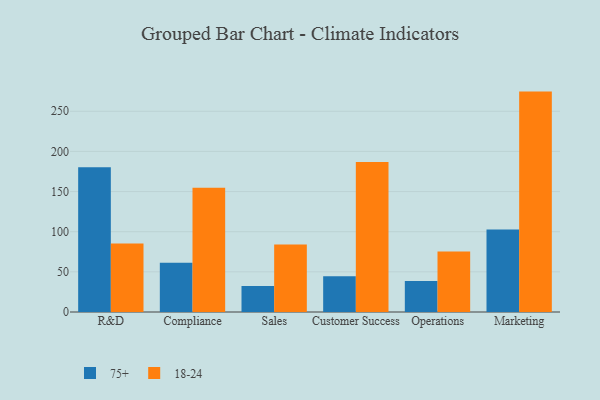
{"axis": {"x": "Department", "y": "Temperature (°C)"}, "legend": ["18-24", "75+"], "data": [{"x": "R&D", "y": 180.4, "type": "75+"}, {"x": "R&D", "y": 85.4, "type": "18-24"}, {"x": "Compliance", "y": 61.3, "type": "75+"}, {"x": "Compliance", "y": 154.6, "type": "18-24"}, {"x": "Sales", "y": 32.3, "type": "75+"}, {"x": "Sales", "y": 84.0, "type": "18-24"}, {"x": "Customer Success", "y": 44.4, "type": "75+"}, {"x": "Customer Success", "y": 186.7, "type": "18-24"}, {"x": "Operations", "y": 38.6, "type": "75+"}, {"x": "Operations", "y": 75.5, "type": "18-24"}, {"x": "Marketing", "y": 102.6, "type": "75+"}, {"x": "Marketing", "y": 274.5, "type": "18-24"}]}